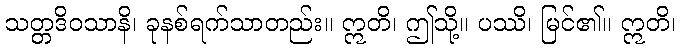
သတ္တဒိဝသာနိ၊ ခုနစ်ရက်သာတည်း။ ဣတိ၊ ဤသို့။ ပဿိ၊ မြင်၏။ ဣတိ၊